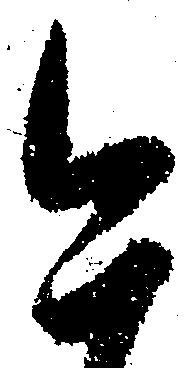
今